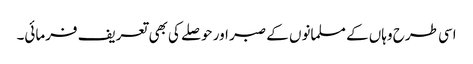
اسی طرح وہاں کے مسلمانوں کے صبر اور حوصلے کی بھی تعریف فرمائی۔